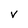
Character: v